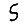
Digit: 5